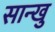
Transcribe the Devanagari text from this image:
सान्खु